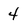
Character: 4